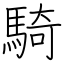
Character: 騎